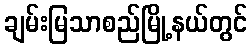
ချမ်းမြသာစည်မြို့နယ်တွင်